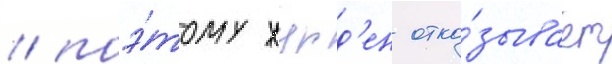
/ поэ́тому журд'ен отка́зывает